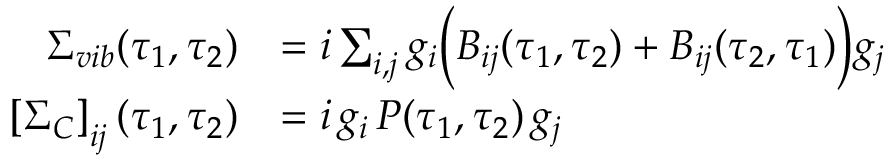
\begin{array} { r l } { \Sigma _ { v i b } ( \tau _ { 1 } , \tau _ { 2 } ) } & { = i \sum _ { i , j } g _ { i } \bigg ( B _ { i j } ( \tau _ { 1 } , \tau _ { 2 } ) + B _ { i j } ( \tau _ { 2 } , \tau _ { 1 } ) \bigg ) g _ { j } } \\ { \left[ \Sigma _ { C } \right] _ { i j } ( \tau _ { 1 } , \tau _ { 2 } ) } & { = i \, g _ { i } \, P ( \tau _ { 1 } , \tau _ { 2 } ) \, g _ { j } } \end{array}